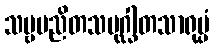
သဗ္ဗမညိတသမုဂ္ဃါတသာရုပ္ပံ